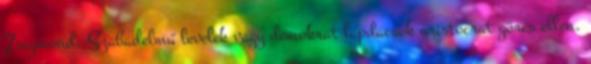
Zsigmond: Szabadelmű levelek vagy demokrat lapdacsok aristocrat görcs ellen.